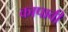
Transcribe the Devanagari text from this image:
कापावी